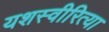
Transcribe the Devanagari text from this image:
यशस्‍वीरित्‍या